Indian journal of veterinary science and animal husbandry - Volume 12,
Year: 1942
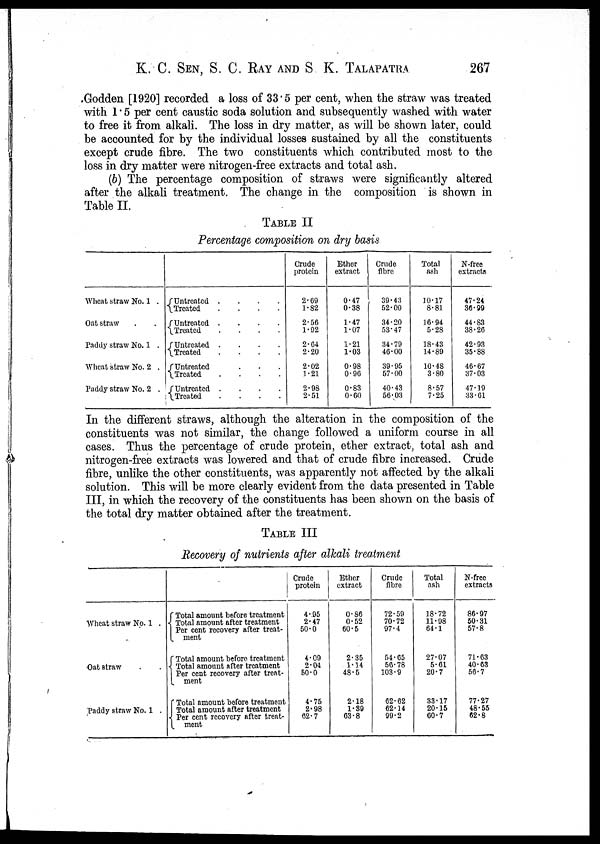
K. C. SEN, S. C. RAY AND S. K.
TALAPATRA
267
Godden [1920] recorded a loss of 33.5 per cent, when the straw was treated
with 1.5 per cent caustic soda solution and subsequently washed with water
to free it from alkali. The loss in dry matter, as will be shown later, could
be accounted for by the individual losses sustained by all the constituents
except crude fibre. The two constituents which contributed most to the
loss in dry matter were nitrogen-free extracts and total ash.
(b) The percentage composition of straws were significantly altered
after the alkali treatment. The change in the composition is shown in
Table II.
TABLE II
Percentage composition on dry basis
Wheat straw No. 1 .
Oat straw . .
Paddy straw No. 1 .
Wheat straw No. 2 .
Paddy straw No. 2 .
{ Untreated . . .
Treated . . .
{ Untreated . . .
Treated . . .
{ Untreated . . .
Treated . . .
{ Untreated . . .
Treated . . .
{ Untreated . . .
Treated . . .
Crude
protein
2.69
1.82
2.56
1.92
2.64
2.20
2.02
1.21
2.98
2.51
Ether
extract
0.47
0.38
1.47
1.07
1.21
1.03
0.98
0.96
0.83
0.60
Crude
fibre
39.43
52.00
34.20
53.47
34.79
46.00
39.95
57.00
40.43
56.03
Total
ash
10.17
8.81
16.94
5.28
18.43
14.89
10.48
3.80
8.57
7.25
N-free
extracts
47.24
36.99
44.83
38.26
42.93
35.88
46.67
37.03
47.19
33.61
In the different straws, although the alteration in the composition of the
constituents was not similar, the change followed a uniform course in all
cases. Thus the percentage of crude protein, ether extract, total ash and
nitrogen-free extracts was lowered and that of crude fibre increased. Crude
fibre, unlike the other constituents, was apparently not affected by the alkali
solution. This will be more clearly evident from the data presented in Table
III, in which the recovery of the constituents has been shown on the basis of
the total dry matter obtained after the treatment.
TABLE III
Recovery of nutrients after alkali treatment
Wheat straw No. 1 .
Oat straw . .
Paddy straw No. 1 .
Total amount before treatment
{ Total amount after treatment
Per cent recovery after treat¬
ment
Total amount before treatment
{ Total amount after treatment
Per cent recovery after treat¬
ment
Total amount before treatment
Total amount after treatment
{ Per cent recovery after treat¬
ment
Crude
protein
4.95
2.47
50.0
4.09
2.04
50.0
4.75
2.98
62.7
Ether
extract
0.86
0.52
60.5
2.35
1.14
48.5
2.18
1.39
63.8
Crude
fibre
72.59
70.72
97.4
54.65
56.78
103.9
62.62
62.14
99.2
Total
ash
18.72
11.98
64.1
27.07
5.61
20.7
33.17
20.15
60.7
N-free
extracts
86.97
50.31
57.8
71.63
40.63
56.7
77.27
48.55
62.8